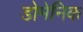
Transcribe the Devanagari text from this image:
डोमेनिक